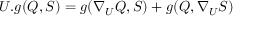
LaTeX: U . g ( Q , S ) = g ( \nabla _ { U } Q , S ) + g ( Q , \nabla _ { U } S )